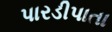
પારડીપાતા